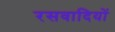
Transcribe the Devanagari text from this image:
रसवादियों